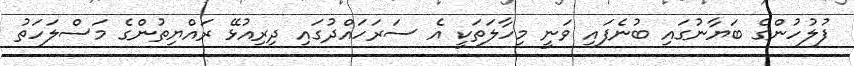
ފުލުހުންގެ ބަޔާނުގައި ބުނެފައި ވަނީ މިހާލަތަކީ އެ ސަރަހައްދުގައި ދިރިއުޅޭ ރައްޔިތުންގެ މަސްލަހަތު